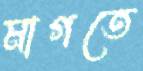
মাগতে